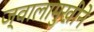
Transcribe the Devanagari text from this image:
ज्वालामुखीने